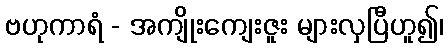
ဗဟုကာရံ - အကျိုးကျေးဇူး များလှပြီဟူ၍၊